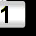
Digit: 1